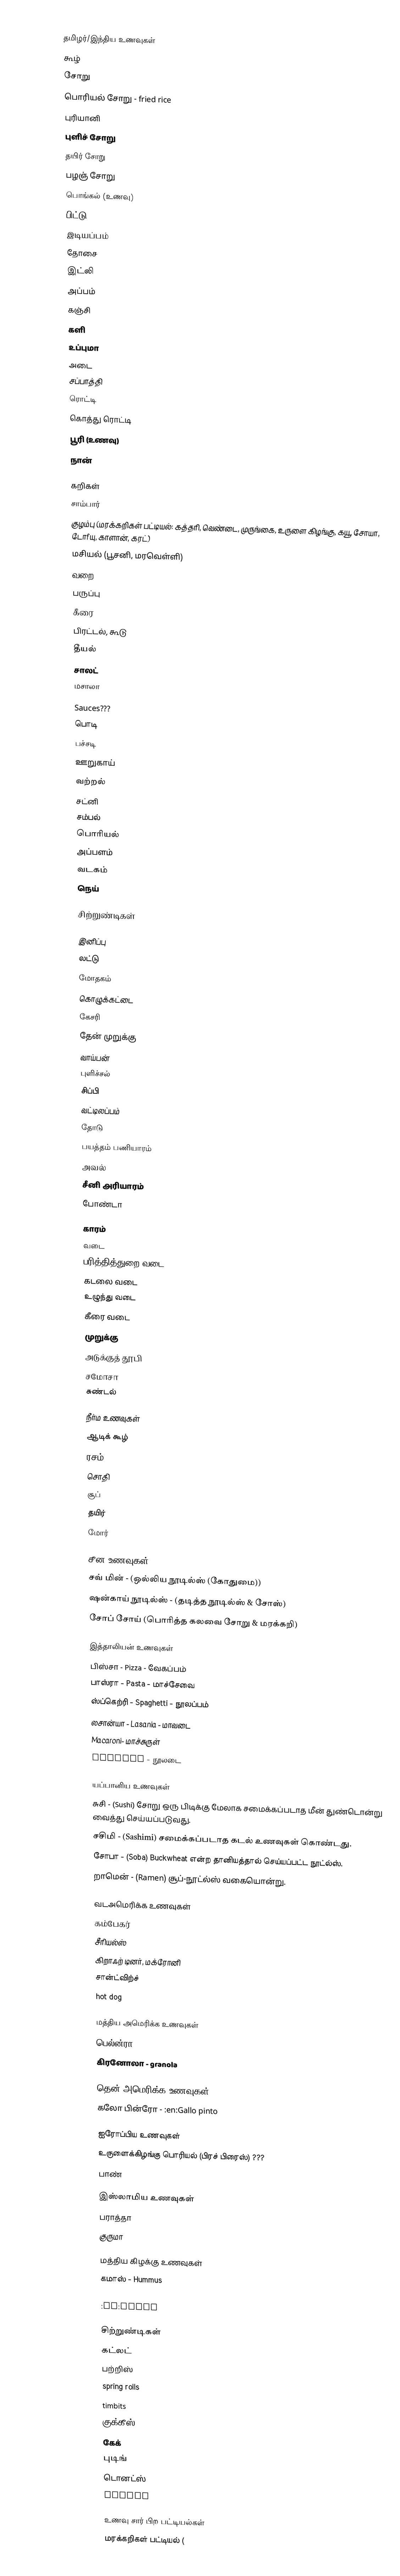

தமிழர்/இந்திய உணவுகள்
 கூழ்
 சோறு
 பொரியல் சோறு - fried rice
 புரியானி
 புளிச் சோறு
 தயிர் சோறு
 பழஞ் சோறு
 பொங்கல் (உணவு)
 பிட்டு
 இடியப்பம்
 தோசை
 இட்லி
 அப்பம்
 கஞ்சி
 களி
 உப்புமா
 அடை
 சப்பாத்தி
 ரொட்டி
 கொத்து ரொட்டி
 பூரி (உணவு)
 நான்

கறிகள்
 சாம்பார்
 குழம்பு (மரக்கறிகள் பட்டியல்: கத்தரி, வெண்டை, முருங்கை, உருளை கிழங்கு, கயூ, சோயா, டோfயு, காளான், கரட்)
 மசியல் (பூசனி, மரவெள்ளி)
 வறை
 பருப்பு
 கீரை
 பிரட்டல், கூடு
 தீயல்
 சாலட்
 மசாலா

Sauces???
 பொடி
 பச்சடி
 ஊறுகாய்
 வற்றல்
 சட்னி
 சம்பல்
 பொரியல்
 அப்பளம்
 வடகம்
 நெய்

சிற்றுண்டிகள்

இனிப்பு
 லட்டு
 மோதகம்
 கொழுக்கட்டை
 கேசரி
 தேன் முறுக்கு
 வாய்பன்
 புளிச்சல்
 சிப்பி
 வட்டிலப்பம்
 தோடு
 பயத்தம் பணியாரம்
 அவல்
 சீனி அரியாரம்
 போண்டா

காரம்
 வடை
 பரித்தித்துறை வடை
 கடலை வடை
 உழுந்து வடை
 கீரை வடை
 முறுக்கு
 அடுக்குத் தூபி
 சமோசா
 சுண்டல்

நீர்ம உணவுகள்
 ஆடிக் கூழ்
 ரசம்
 சொதி
 சூப்
 தயிர்
 மோர்

சீன உணவுகள்
 சவ் மின் - (ஒல்லிய நூடில்ஸ் (கோதுமை))
 ஷன்காய் நூடில்ஸ் - (தடித்த நூடில்ஸ் & சோஸ்)
 சோப் சோய் (பொரித்த கலவை சோறு & மரக்கறி)

இத்தாலியன் உணவுகள்
 பிஸ்சா - Pizza - வேகப்பம்
 பாஸ்ரா - Pasta - மாச்சேவை
 ஸ்ப்கெற்ரி - Spaghetti - நூலப்பம்
 லசான்யா - Lasania - மாவடை
 Macaroni- மாச்சுருள்
 Noodles - நூலடை

யப்பானிய உணவுகள்
 சுசி - (Sushi) சோறு ஒரு பிடிக்கு மேலாக சமைக்கப்படாத மீன் துண்டொன்று வைத்து செய்யப்படுவது.
 சசிமி - (Sashimi) சமைக்கப்படாத கடல் உணவுகள் கொண்டது.
 சோபா - (Soba) Buckwheat என்ற தானியத்தால் செய்யப்பட்ட நூட்ல்ஸ்.
 றாமென் - (Ramen) சூப்-நூட்ல்ஸ் வகையொன்று.

வடஅமெரிக்க உணவுகள்
 கம்பேகர்
 சீரியல்ஸ்
 கிறாஃற் டினர், மக்ரோனி
 சான்ட்விற்ச்
 hot dog

மத்திய அமெரிக்க உணவுகள்
 பெல்ன்ரா - polanta - corn meal
 கிரனோலா - granola

தென் அமெரிக்க உணவுகள்
 கலோ பின்ரோ - :en:Gallo pinto

ஐரோப்பிய உணவுகள்
 உருளைக்கிழங்கு பொரியல் (பிரச் பிரைஸ்) ???
 பாண்

இஸ்லாமிய உணவுகள்
 பராத்தா
 குருமா

மத்திய கிழக்கு உணவுகள்
 கமாஸ் - Hummus
 :en:Falafel
 :en:Dolma

சிற்றுண்டிகள்
 கட்லட்
 பற்றிஸ்
 spring rolls
 timbits
 குக்கீஸ்
 கேக்
 புடிங்
 டொனட்ஸ்
 muffin

உணவு சார் பிற பட்டியல்கள்
 மரக்கறிகள் பட்டியல் (